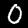
Label: 0